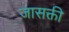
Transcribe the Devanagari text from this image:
जासक्ती